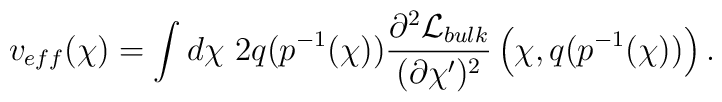
v_{eff}(\chi) = \int d \chi ~2 q(p^{-1}(\chi)) \frac{\partial^2 {\cal L}_{bulk}}{(\partial \chi')^2}\left(\chi, q(p^{-1}(\chi))\right).